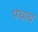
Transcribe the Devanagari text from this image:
पंचाय